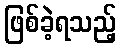
ဖြစ်ခဲ့ရသည့်